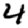
Digit: 4